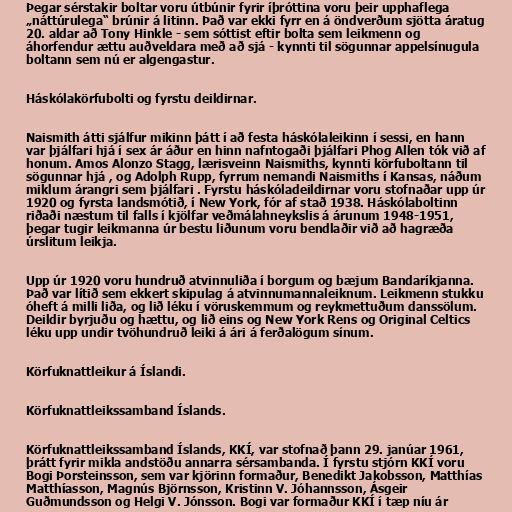
Þegar sérstakir boltar voru útbúnir fyrir íþróttina voru þeir upphaflega
„náttúrulega“ brúnir á litinn. Það var ekki fyrr en á öndverðum sjötta áratug
20. aldar að Tony Hinkle - sem sóttist eftir bolta sem leikmenn og
áhorfendur ættu auðveldara með að sjá - kynnti til sögunnar appelsínugula
boltann sem nú er algengastur.

Háskólakörfubolti og fyrstu deildirnar.

Naismith átti sjálfur mikinn þátt í að festa háskólaleikinn í sessi, en hann
var þjálfari hjá í sex ár áður en hinn nafntogaði þjálfari Phog Allen tók við af
honum. Amos Alonzo Stagg, lærisveinn Naismiths, kynnti körfuboltann til
sögunnar hjá , og Adolph Rupp, fyrrum nemandi Naismiths í Kansas, náðum
miklum árangri sem þjálfari . Fyrstu háskóladeildirnar voru stofnaðar upp úr
1920 og fyrsta landsmótið, í New York, fór af stað 1938. Háskólaboltinn
riðaði næstum til falls í kjölfar veðmálahneykslis á árunum 1948-1951,
þegar tugir leikmanna úr bestu liðunum voru bendlaðir við að hagræða
úrslitum leikja.

Upp úr 1920 voru hundruð atvinnuliða í borgum og bæjum Bandaríkjanna.
Það var lítið sem ekkert skipulag á atvinnumannaleiknum. Leikmenn stukku
óheft á milli liða, og lið léku í vöruskemmum og reykmettuðum danssölum.
Deildir byrjuðu og hættu, og lið eins og New York Rens og Original Celtics
léku upp undir tvöhundruð leiki á ári á ferðalögum sínum.

Körfuknattleikur á Íslandi.

Körfuknattleikssamband Íslands.

Körfuknattleikssamband Íslands, KKÍ, var stofnað þann 29. janúar 1961,
þrátt fyrir mikla andstöðu annarra sérsambanda. Í fyrstu stjórn KKÍ voru
Bogi Þorsteinsson, sem var kjörinn formaður, Benedikt Jakobsson, Matthías
Matthíasson, Magnús Björnsson, Kristinn V. Jóhannsson, Ásgeir
Guðmundsson og Helgi V. Jónsson. Bogi var formaður KKÍ í tæp níu ár